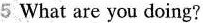
5 What are you doing?